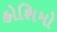
હોશિમો